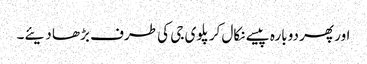
اور پھر دوبارہ پیسے نکال کر پلوی جی کی طرف بڑھا دیئے۔